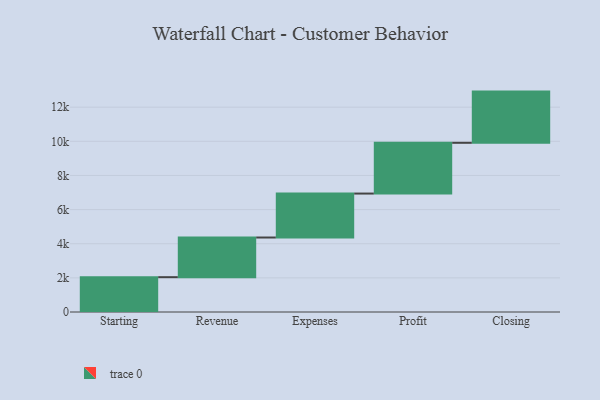
{"axis": {"x": "Step", "y": "Value"}, "legend": [""], "data": [{"x": "Starting", "y": 2040.0, "type": ""}, {"x": "Revenue", "y": 2324.0, "type": ""}, {"x": "Expenses", "y": 2575.0, "type": ""}, {"x": "Profit", "y": 2974.0, "type": ""}, {"x": "Closing", "y": 3000, "type": ""}]}